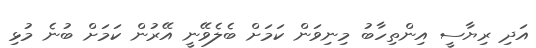
އަދި ރިޔާސީ އިންތިހާބު މިނިވަން ކަމަށް ބެލެވޭނީ އޭރުން ކަމަށް ބުނެ މުޅި